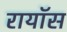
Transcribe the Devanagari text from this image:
रायॉस